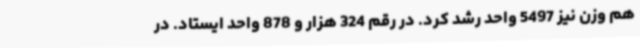
هم وزن نیز 5497 واحد رشد کرد. در رقم 324 هزار و 878 واحد ایستاد. در